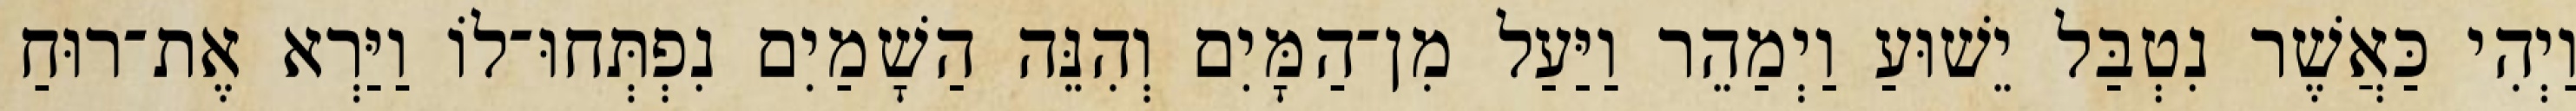
וַיְהִי כַּאֲשֶׁר נִטְבַּל יֵשׁוּעַ וַיְמַהֵר וַיַּעַל מִן־הַמָּיִם וְהִנֵּה הַשָׁמַיִם נִפְתְּחוּ־לוֹ וַיַּרְא אֶת־רוּחַ